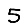
Digit: 5